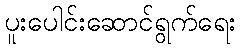
ပူးပေါင်းဆောင်ရွက်ရေး